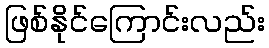
ဖြစ်နိုင်ကြောင်းလည်း